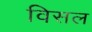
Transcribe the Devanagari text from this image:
विसल